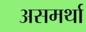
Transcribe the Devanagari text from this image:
असमर्था